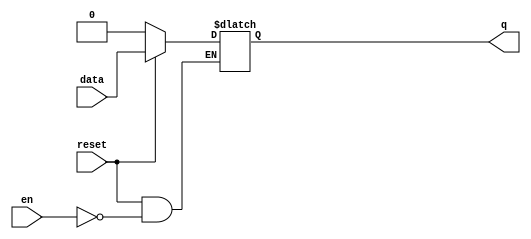
module dlatch_reset (  input data,           // 1-bit input pin for data
                  input en,          // 1-bit input pin for enabling the latch
                  input reset,        // 1-bit input pin for active-low reset
                  output reg q);     // 1-bit output pin for data output
 
   // This always block is "always" triggered whenever en/rstn/d changes
   // If reset is asserted then output will be zero
   // Else as long as enable is high, output q follows input d
   always @ (en or reset or data)
      if (!reset)
         q <= 0;
      else
         if (en)
            q <= data;
endmodule